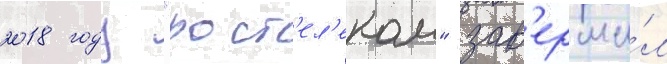
2018 году "рост'ел'еком" зав'ерши́л